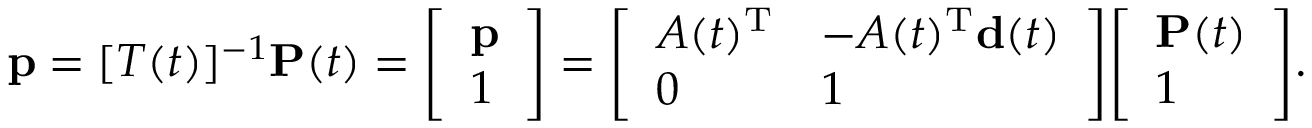
\mathbf { p } = [ T ( t ) ] ^ { - 1 } \mathbf { P } ( t ) = { \left[ \begin{array} { l } { \mathbf { p } } \\ { 1 } \end{array} \right] } = { \left[ \begin{array} { l l } { A ( t ) ^ { \mathrm { T } } } & { - A ( t ) ^ { \mathrm { T } } \mathbf { d } ( t ) } \\ { 0 } & { 1 } \end{array} \right] } { \left[ \begin{array} { l } { \mathbf { P } ( t ) } \\ { 1 } \end{array} \right] } .